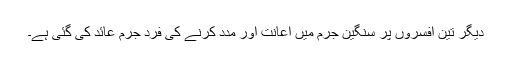
دیگر تین افسروں پر سنگین جرم میں اعانت اور مدد کرنے کی فرد جرم عائد کی گئی ہے۔